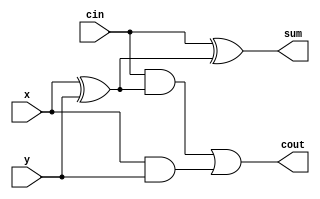
module full_adder(x, y, cin, sum, cout);

  input x, y, cin;
  output sum, cout;

  wire s1, co1, co2;
	
  xor xor1(s1, x, y);
  xor xor2(sum, cin, s1);
	
  and and1(co1, cin, s1);
  and and2(co2, x, y);
	
  or or1(cout, co1, co2);
	
endmodule